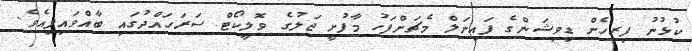
ކުޅުނު ފިރިހެން ޑިވިޝަންގެ ފައިނަލް މެޗަށްފަހު މާފުށީ ޖަލުގެ ވޮލީކޯޓް ސަރަހައްދުގައި ބާއްވައިފިއެވެ.